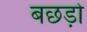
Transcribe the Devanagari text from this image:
बछड़ो